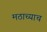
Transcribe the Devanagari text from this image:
मठाच्याच